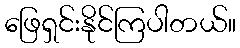
ဖြေရှင်းနိုင်ကြပါတယ်။